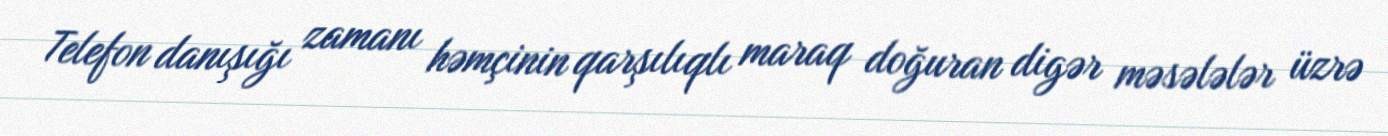
Telefon danışığı zamanı həmçinin qarşılıqlı maraq doğuran digər məsələlər üzrə